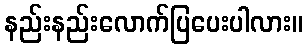
နည်းနည်းလောက်ပြပေးပါလား။